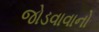
જોડવાવાનો